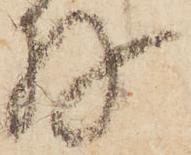
存